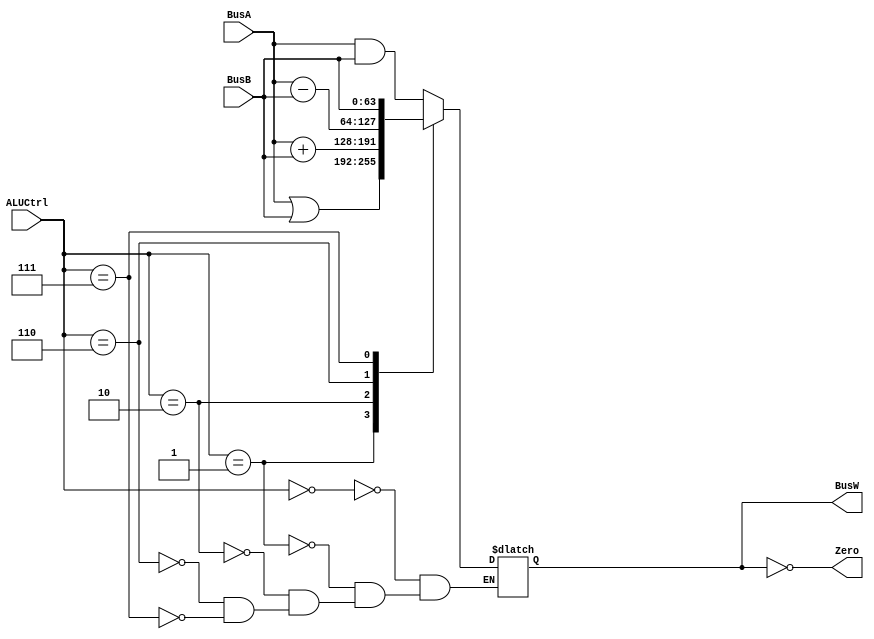
`timescale 1ns / 1ps

`define AND   4'b0000
`define OR    4'b0001
`define ADD   4'b0010
`define SUB   4'b0110
`define PassB 4'b0111


module ALU(BusW, BusA, BusB, ALUCtrl, Zero);
    
    output  [63:0] BusW;
    input   [63:0] BusA, BusB;
    input   [3:0] ALUCtrl;
    output  Zero;
    
    reg     [63:0] BusW;
    
    always @(ALUCtrl or BusA or BusB) begin        
        case(ALUCtrl)
            `AND: begin
                BusW = BusA & BusB;
            end
            `OR: begin
                BusW = BusA | BusB;
            end
            `ADD: begin
                BusW = BusA + BusB;
            end
            `SUB: begin
                BusW = BusA - BusB;
            end
            `PassB: begin
                BusW = BusB;
            end
        endcase
        $display("OP %h, BusA = %h, BusB = %h, BusW = %h", ALUCtrl, BusA, BusB, BusW);
    end

    assign Zero = (BusW == 64'b0);
endmodule